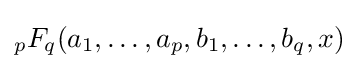
{}_{p}F_{q}(a_{1},\ldots ,a_{p},b_{1},\ldots ,b_{q},x)